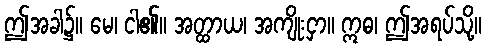
ဤအခါ၌။ မေ၊ ငါ၏။ အတ္ထာယ၊ အကျိုးငှာ။ ဣဓ၊ ဤအရပ်သို့။